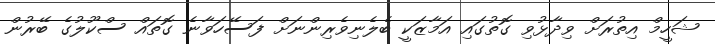
ޝަހީމް އިތުރަށް ވިދާޅުވި ގޮތުގައި އަމާޒަކީ ބެލެނިވެރިންނަށް ފަސޭހަވާނެ ގޮތައް ސްކޫލުގެ ބޭރުން